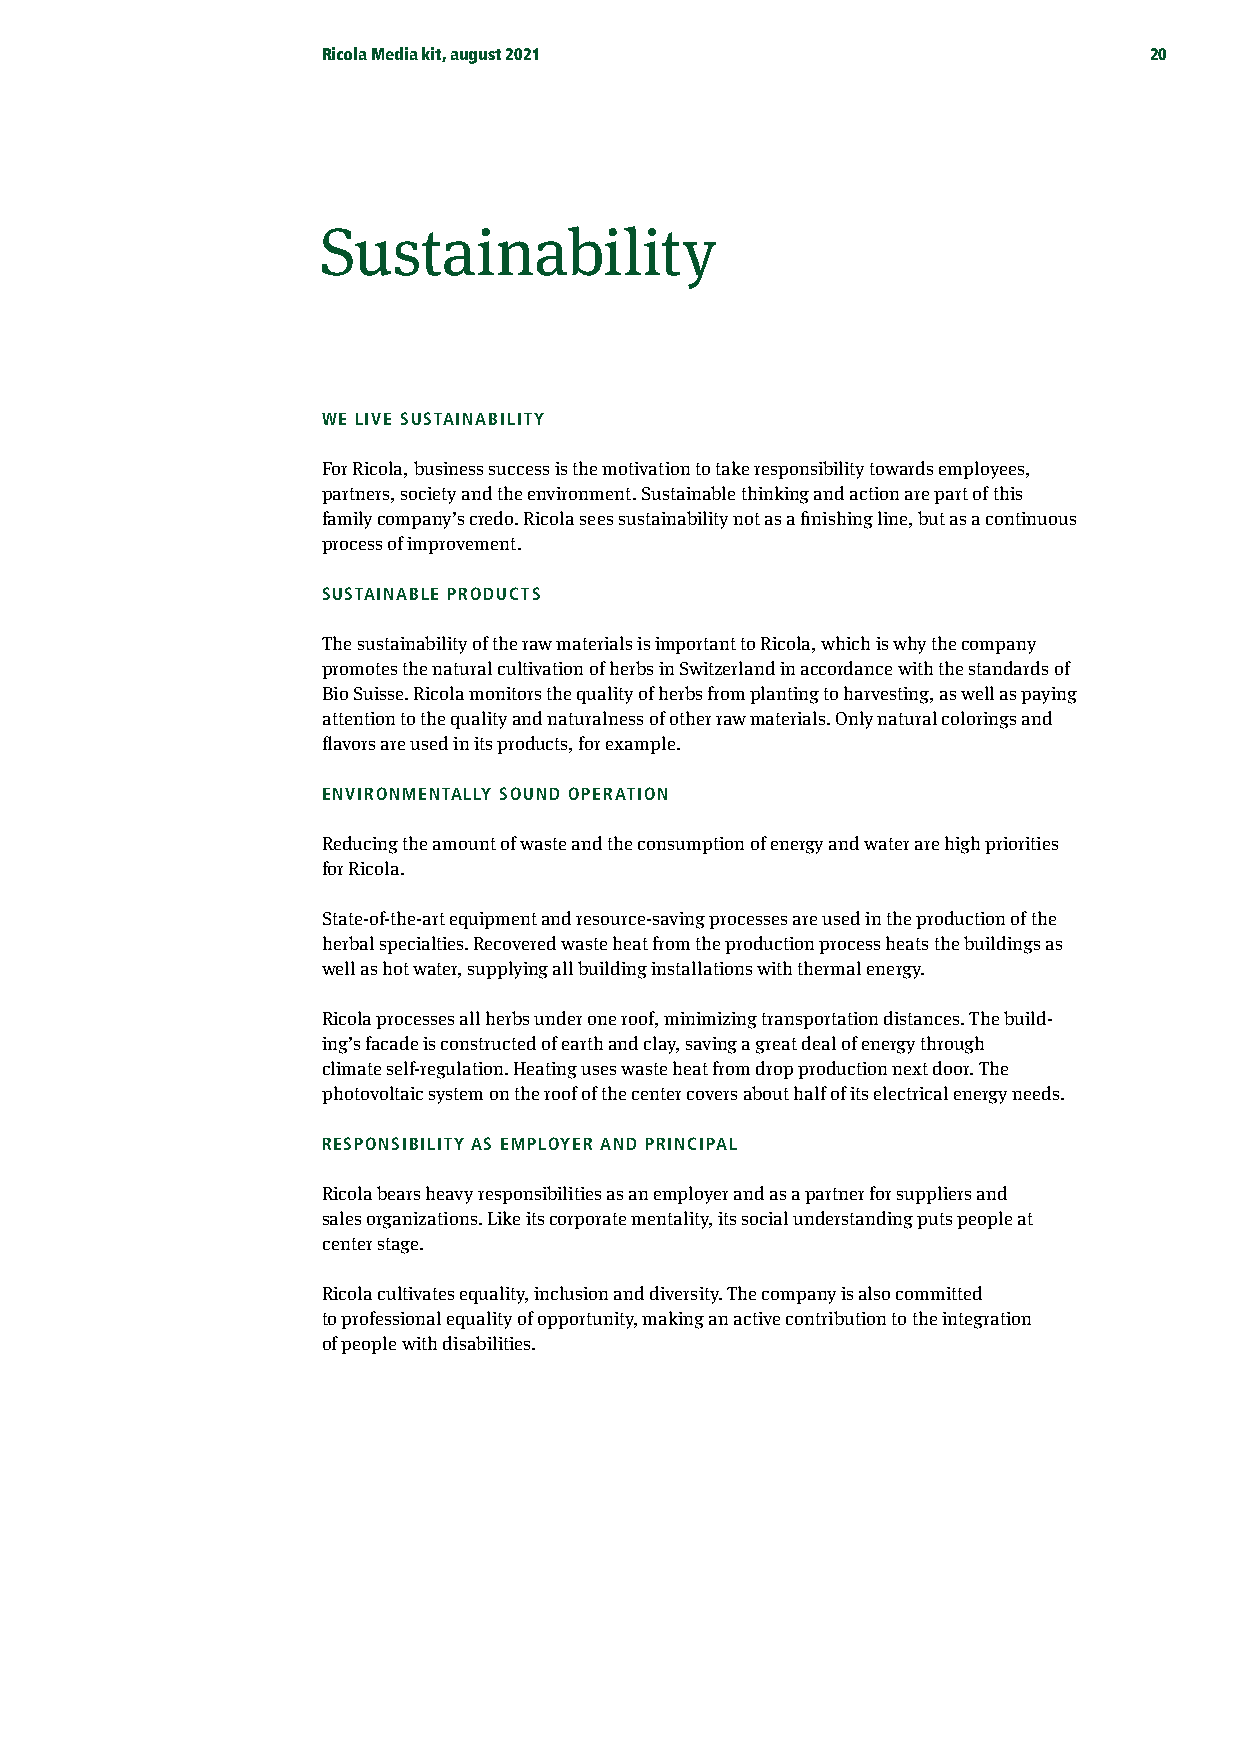
Ricola Media kit, august 2021                          20
 Sustainability
 WE LIVE SUSTAINABILITY
 For Ricola, business success is the motivation to take responsibility towards employees,
 partners, society and the environment. Sustainable thinking and action are part of this
 family company’s credo. Ricola sees sustainability not as a finishing line, but as a continuous
 process of improvement.
 SUSTAINABLE PRODUCTS
 The sustainability of the raw materials is important to Ricola, which is why the company
 promotes the natural cultivation of herbs in Switzerland in accordance with the standards of
 Bio Suisse. Ricola monitors the quality of herbs from planting to harvesting, as well as paying
 attention to the quality and naturalness of other raw materials. Only natural colorings and
 flavors are used in its products, for example.
 ENVIRONMENTALLY SOUND OPERATION
 Reducing the amount of waste and the consumption of energy and water are high priorities
 for Ricola.
 State-of-the-art equipment and resource-saving processes are used in the production of the
 herbal specialties. Recovered waste heat from the production process heats the buildings as
 well as hot water, supplying all building installations with thermal energy.
 Ricola processes all herbs under one roof, minimizing transportation distances. The build-
 ing’s facade is constructed of earth and clay, saving a great deal of energy through
 climate self-regulation. Heating uses waste heat from drop production next door. The
 photovoltaic system on the roof of the center covers about half of its electrical energy needs.
 RESPONSIBILITY AS EMPLOYER AND PRINCIPAL
 Ricola bears heavy responsibilities as an employer and as a partner for suppliers and
 sales organizations. Like its corporate mentality, its social understanding puts people at
 center stage.
 Ricola cultivates equality, inclusion and diversity. The company is also committed
 to professional equality of opportunity, making an active contribution to the integration
 of people with disabilities.